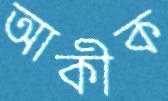
আকীক